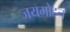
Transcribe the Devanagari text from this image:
जयमोहन